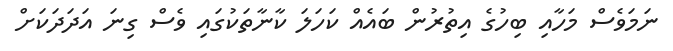
ނަމަވެސް މަހާއި ބިހުގެ އިތުރުން ބައެއް ކަހަލަ ކާނާތަކުގައި ވެސް ގިނަ އަދަދަކަށް